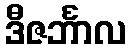
ဒီဇင်္ဘာလ